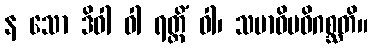
န သော ဒိဝါ ဝါ ရတ္တိံ ဝါ၊ သမာဓိမဓိဂစ္ဆတိ။